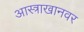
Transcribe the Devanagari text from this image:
आस्त्राखानवर